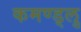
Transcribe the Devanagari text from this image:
कमण्ड्लु